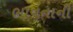
ભાવનાની